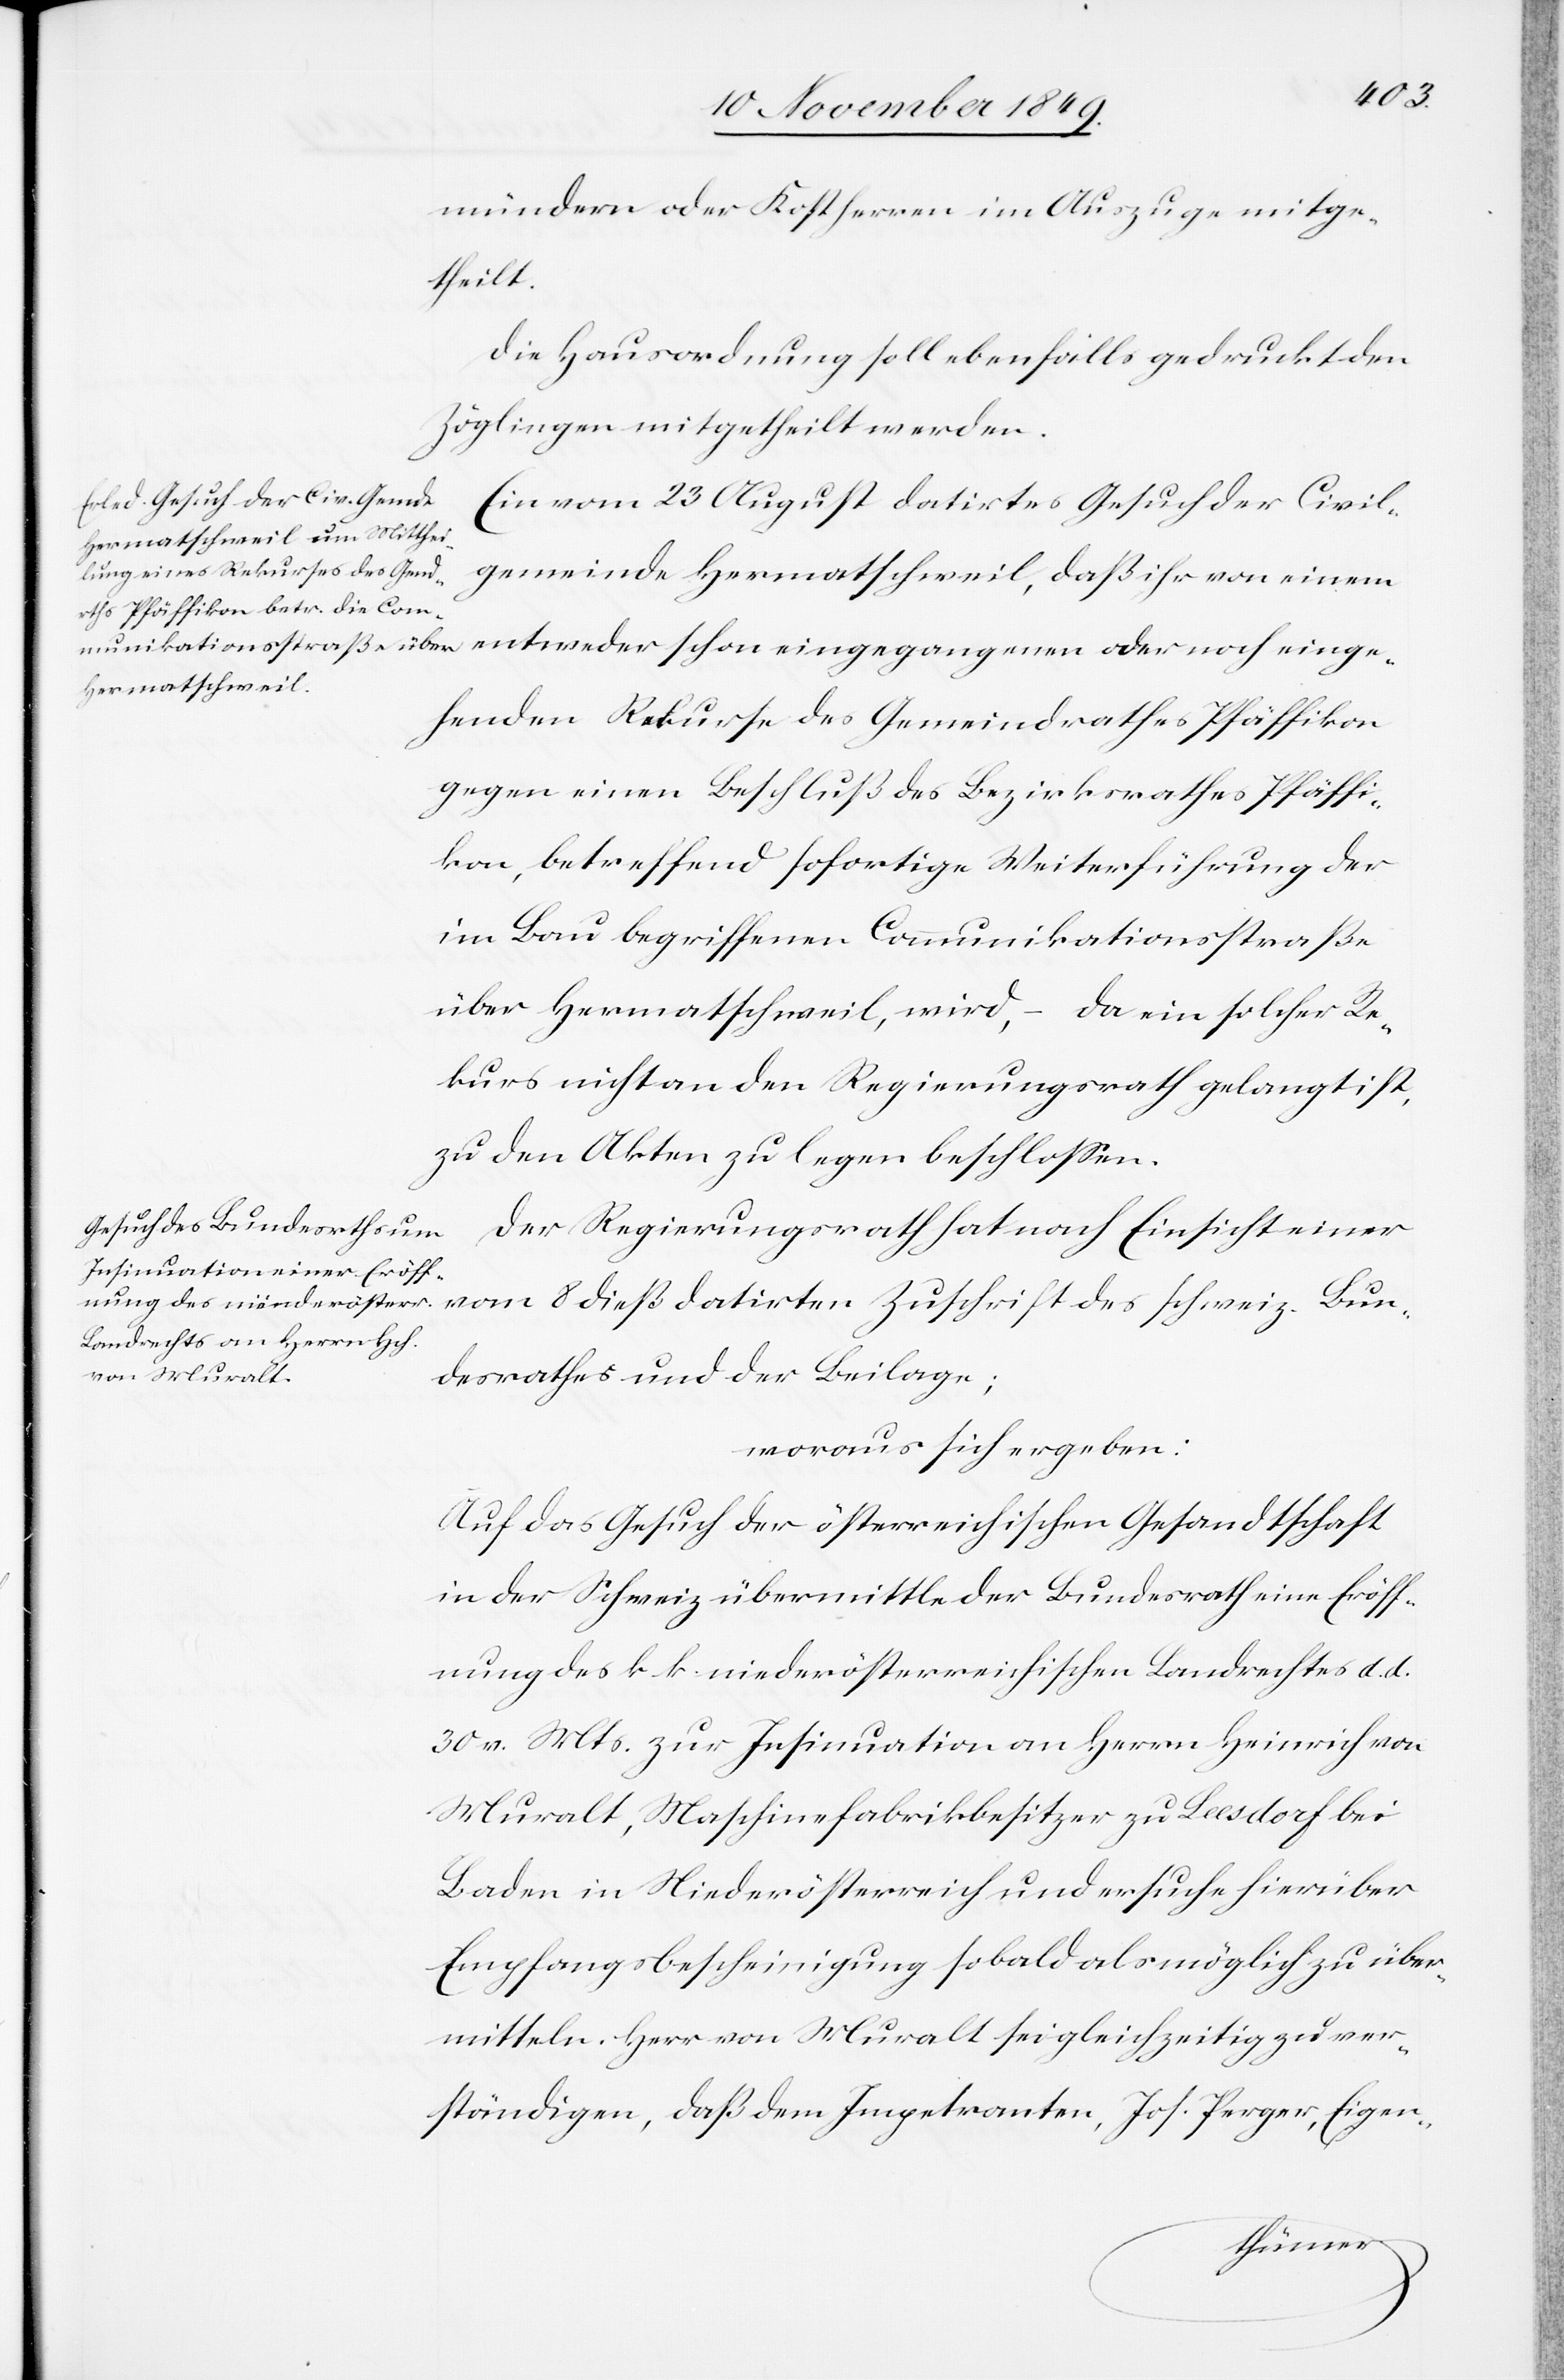
mündern oder Kostherren im Auszuge mitge¬
theilt.
Die Hausordnung soll ebenfalls gedruckt den
Zöglingen mitgetheilt werden.
Ein vom 23 August datirtes Gesuch der Civil¬
gemeinde Hermatschweil, daß ihr von einem
ehenden Rekurse des Gemeindrathes Pfäffikon
gegen einen Beschluß des Bezirksrathes Pfäffi¬
kon, betreffend sofortige Weiterführung der
im Bau begriffenen Communikationsstraße
über Hermatschweil [sic!], wird, – da ein solcher Re¬
kurs nicht an den Regierungsrath gelangt ist,
zu den Akten zu legen beschloßen.
Der Regierungsrath hat nach Einsicht einer
Bun¬
desrathes und der Beilage;
woraus sich ergeben:
Auf das Gesuch der österreichischen Gesandtschaft
in der Schweiz übermittele der Bundesrath eine Eröff¬
nung des k. k. niederösterreichischen Landrechtes d. d.
30 v. Mts. zur Insinuation an Herrn Heinrich von
Muralt, Maschinenfabrikbesitzer zu Leesdorf bei
Baden in Niederösterreich und ersuche hierüber
Empfangsbescheinigung sobald als möglich zu über¬
mitteln. Herr von Muralt sei gleichzeitig zu ver¬
ständigen, daß dem Impetranten, Jos. Perger, Eigen-